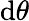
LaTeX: \mathrm{d}\theta